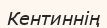
Кентиннің